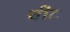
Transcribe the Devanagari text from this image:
चीट